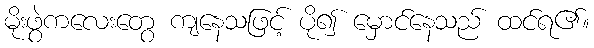
မိုးဖွဲကလေးတွေ ကျနေသဖြင့် ပို၍ မှောင်နေသည် ထင်ရ၏။